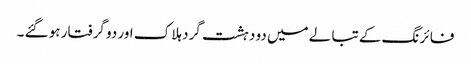
فا ئر نگ کے تبا لے میں دو دہشت گرد ہلا ک اور دو گرفتار ہو گئے ۔